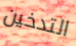
التدخين